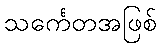
သင်္ကေတအဖြစ်